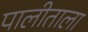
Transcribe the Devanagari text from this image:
पालीताला